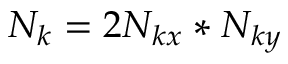
N _ { k } = 2 N _ { k x } * N _ { k y }